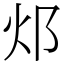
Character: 邩